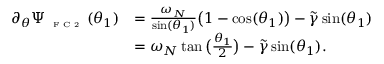
\begin{array} { r l } { \partial _ { \theta } \Psi _ { \textnormal { \tiny { F C 2 } } } ( \theta _ { 1 } ) } & { = \frac { \omega _ { N } } { \sin ( \theta _ { 1 } ) } \big ( 1 - \cos ( \theta _ { 1 } ) \big ) - \widetilde { \gamma } \sin ( \theta _ { 1 } ) } \\ & { = \omega _ { N } \tan \big ( \frac { \theta _ { 1 } } { 2 } \big ) - \widetilde { \gamma } \sin ( \theta _ { 1 } ) . } \end{array}